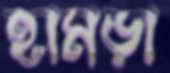
হামড়া